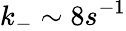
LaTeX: k_{-}\sim 8s^{-1}